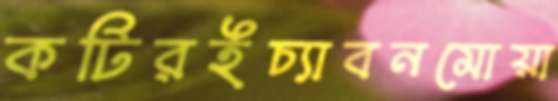
কটিরইচ্যাবনমোয়া